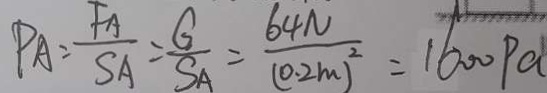
P A = \frac { F _ { A } } { S A } = \frac { G } { S A } = \frac { 6 4 N } { ( 0 . 2 m ) ^ { 2 } } = 1 6 0 0 P a